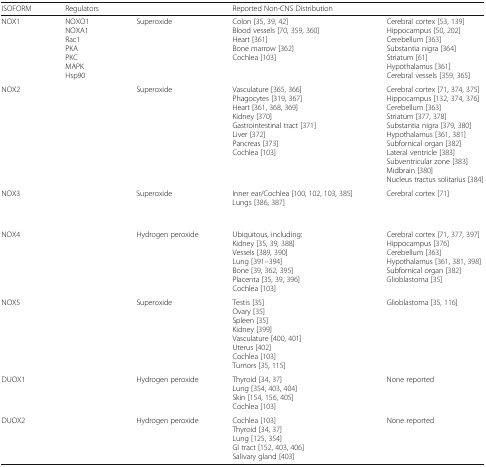
<table><thead><tr><td><b>ISOFORM</b></td><td><b>Regulators</b></td><td>[EMPTY_CELL]</td><td><b>Reported Non-CNS Distribution</b></td><td>[EMPTY_CELL]</td></tr></thead><tbody><tr><td>NOX1</td><td>NOXO1NOXA1Rac1PKAPKCMAPKHsp90</td><td>Superoxide</td><td>Colon [35, 39, 42]Blood vessels [70, 359, 360]Heart [361]Bone marrow [362]Cochlea [103]</td><td>Cerebral cortex [53, 139]Hippocampus [50, 202]Cerebellum [363]Substantia nigra [364]Striatum [61]Hypothalamus [361]Cerebral vessels [359, 365]</td></tr><tr><td>NOX2</td><td>[EMPTY_CELL]</td><td>Superoxide</td><td>Vasculature [365, 366]Phagocytes [319, 367]Heart [361, 368, 369]Kidney [370]Gastrointestinal tract [371]Liver [372]Pancreas [373]Cochlea [103]</td><td>Cerebral cortex [71, 374, 375]Hippocampus [132, 374, 376]Cerebellum [363]Striatum [377, 378]Substantia nigra [379, 380]Hypothalamus [361, 381]Subfornical organ [382]Lateral ventricle [383]Subventricular zone [383]Midbrain [380]Nucleus tractus solitarius [384]</td></tr><tr><td>NOX3</td><td>[EMPTY_CELL]</td><td>Superoxide</td><td>Inner ear/Cochlea [100, 102, 103, 385]Lungs [386, 387]</td><td>Cerebral cortex [71]</td></tr><tr><td>NOX4</td><td>[EMPTY_CELL]</td><td>Hydrogen peroxide</td><td>Ubiquitous, including:Kidney [35, 39, 388]Vessels [389, 390]Lung [391–394]Bone [39, 362, 395]Placenta [35, 39, 396]Cochlea [103]</td><td>Cerebral cortex [71, 377, 397]Hippocampus [376]Cerebellum [363]Hypothalamus [361, 381, 398]Subfornical organ [382]Glioblastoma [35]</td></tr><tr><td>NOX5</td><td>[EMPTY_CELL]</td><td>Superoxide</td><td>Testis [35]Ovary [35]Spleen [35]Kidney [399]Vasculature [400, 401]Uterus [402]Cochlea [103]Tumors [35, 115]</td><td>Glioblastoma [35, 116]</td></tr><tr><td>DUOX1</td><td>[EMPTY_CELL]</td><td>Hydrogen peroxide</td><td>Thyroid [34, 37]Lung [354, 403, 404]Skin [154, 156, 405]Cochlea [103]</td><td>None reported</td></tr><tr><td>DUOX2</td><td>[EMPTY_CELL]</td><td>Hydrogen peroxide</td><td>Cochlea [103]Thyroid [34, 37]Lung [125, 354]GI tract [152, 403, 406]Salivary gland [403]</td><td>None reported</td></tr></tbody></table>